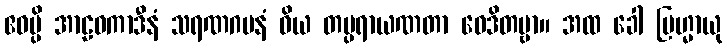
ဧဝမ္ပိ အာဠဝကာဒီနံ သရဏဂမနံ ဝိယ တပ္ပရာယဏတာ ဝေဒိတဗ္ဗာ။ အထ ခေါ ဗြဟ္မာယု